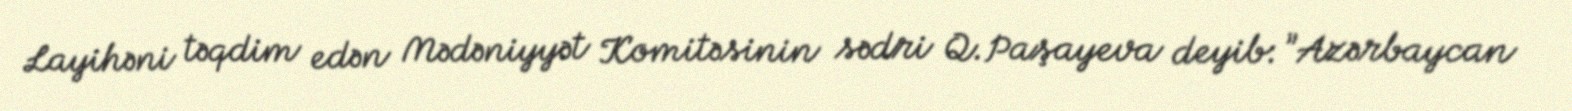
Layihəni təqdim edən Mədəniyyət Komitəsinin sədri Q.Paşayeva deyib: ”Azərbaycan